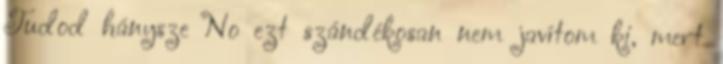
Tudod hánysze No ezt szándékosan nem javítom ki, mert